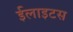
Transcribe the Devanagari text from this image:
ईलाइटस